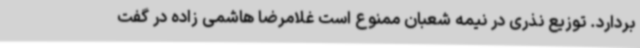
بردارد. توزیع نذری در نیمه شعبان ممنوع است غلامرضا هاشمی زاده در گفت